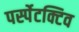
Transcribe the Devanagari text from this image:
पर्स्पेटक्टिव